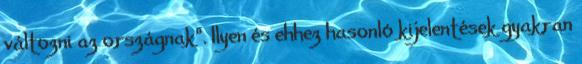
változni az országnak”. Ilyen és ehhez hasonló kijelentések gyakran